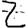
Digit: 2